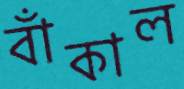
বাঁকাল